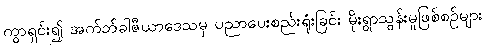
ကွာရှင်း၍ အက်ဘ်ခါဇီယာဒေသမှ ပညာပေးစည်းရုံးခြင်း မိုးရွာသွန်းမှုဖြစ်စဉ်များ